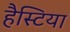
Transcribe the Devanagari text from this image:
हैस्टिया